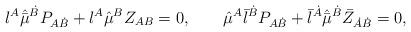
LaTeX: \begin{align*} {\l}^{A} \hat{\bar{\mu}}^{\dot{B}} P_{A\dot{B}} + \l^A \hat{\mu}^B Z_{AB} = 0, \qquad \hat{\mu}^{A} {\bar{\l}}^{\dot{B}} P_{A\dot{B}} + \bar{\l}^{\dot{A}} \hat{\bar{\mu}}^{\dot{B}} \bar{Z}_{\dot{A}\dot{B}} = 0,\end{align*}